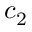
c _ { 2 }